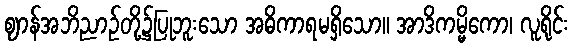
ဈာန်အဘိညာဉ်တို့၌ပြုဘူးသော အဓိကာရမရှိသော။ အာဒိကမ္မိကော၊ လူရိုင်း